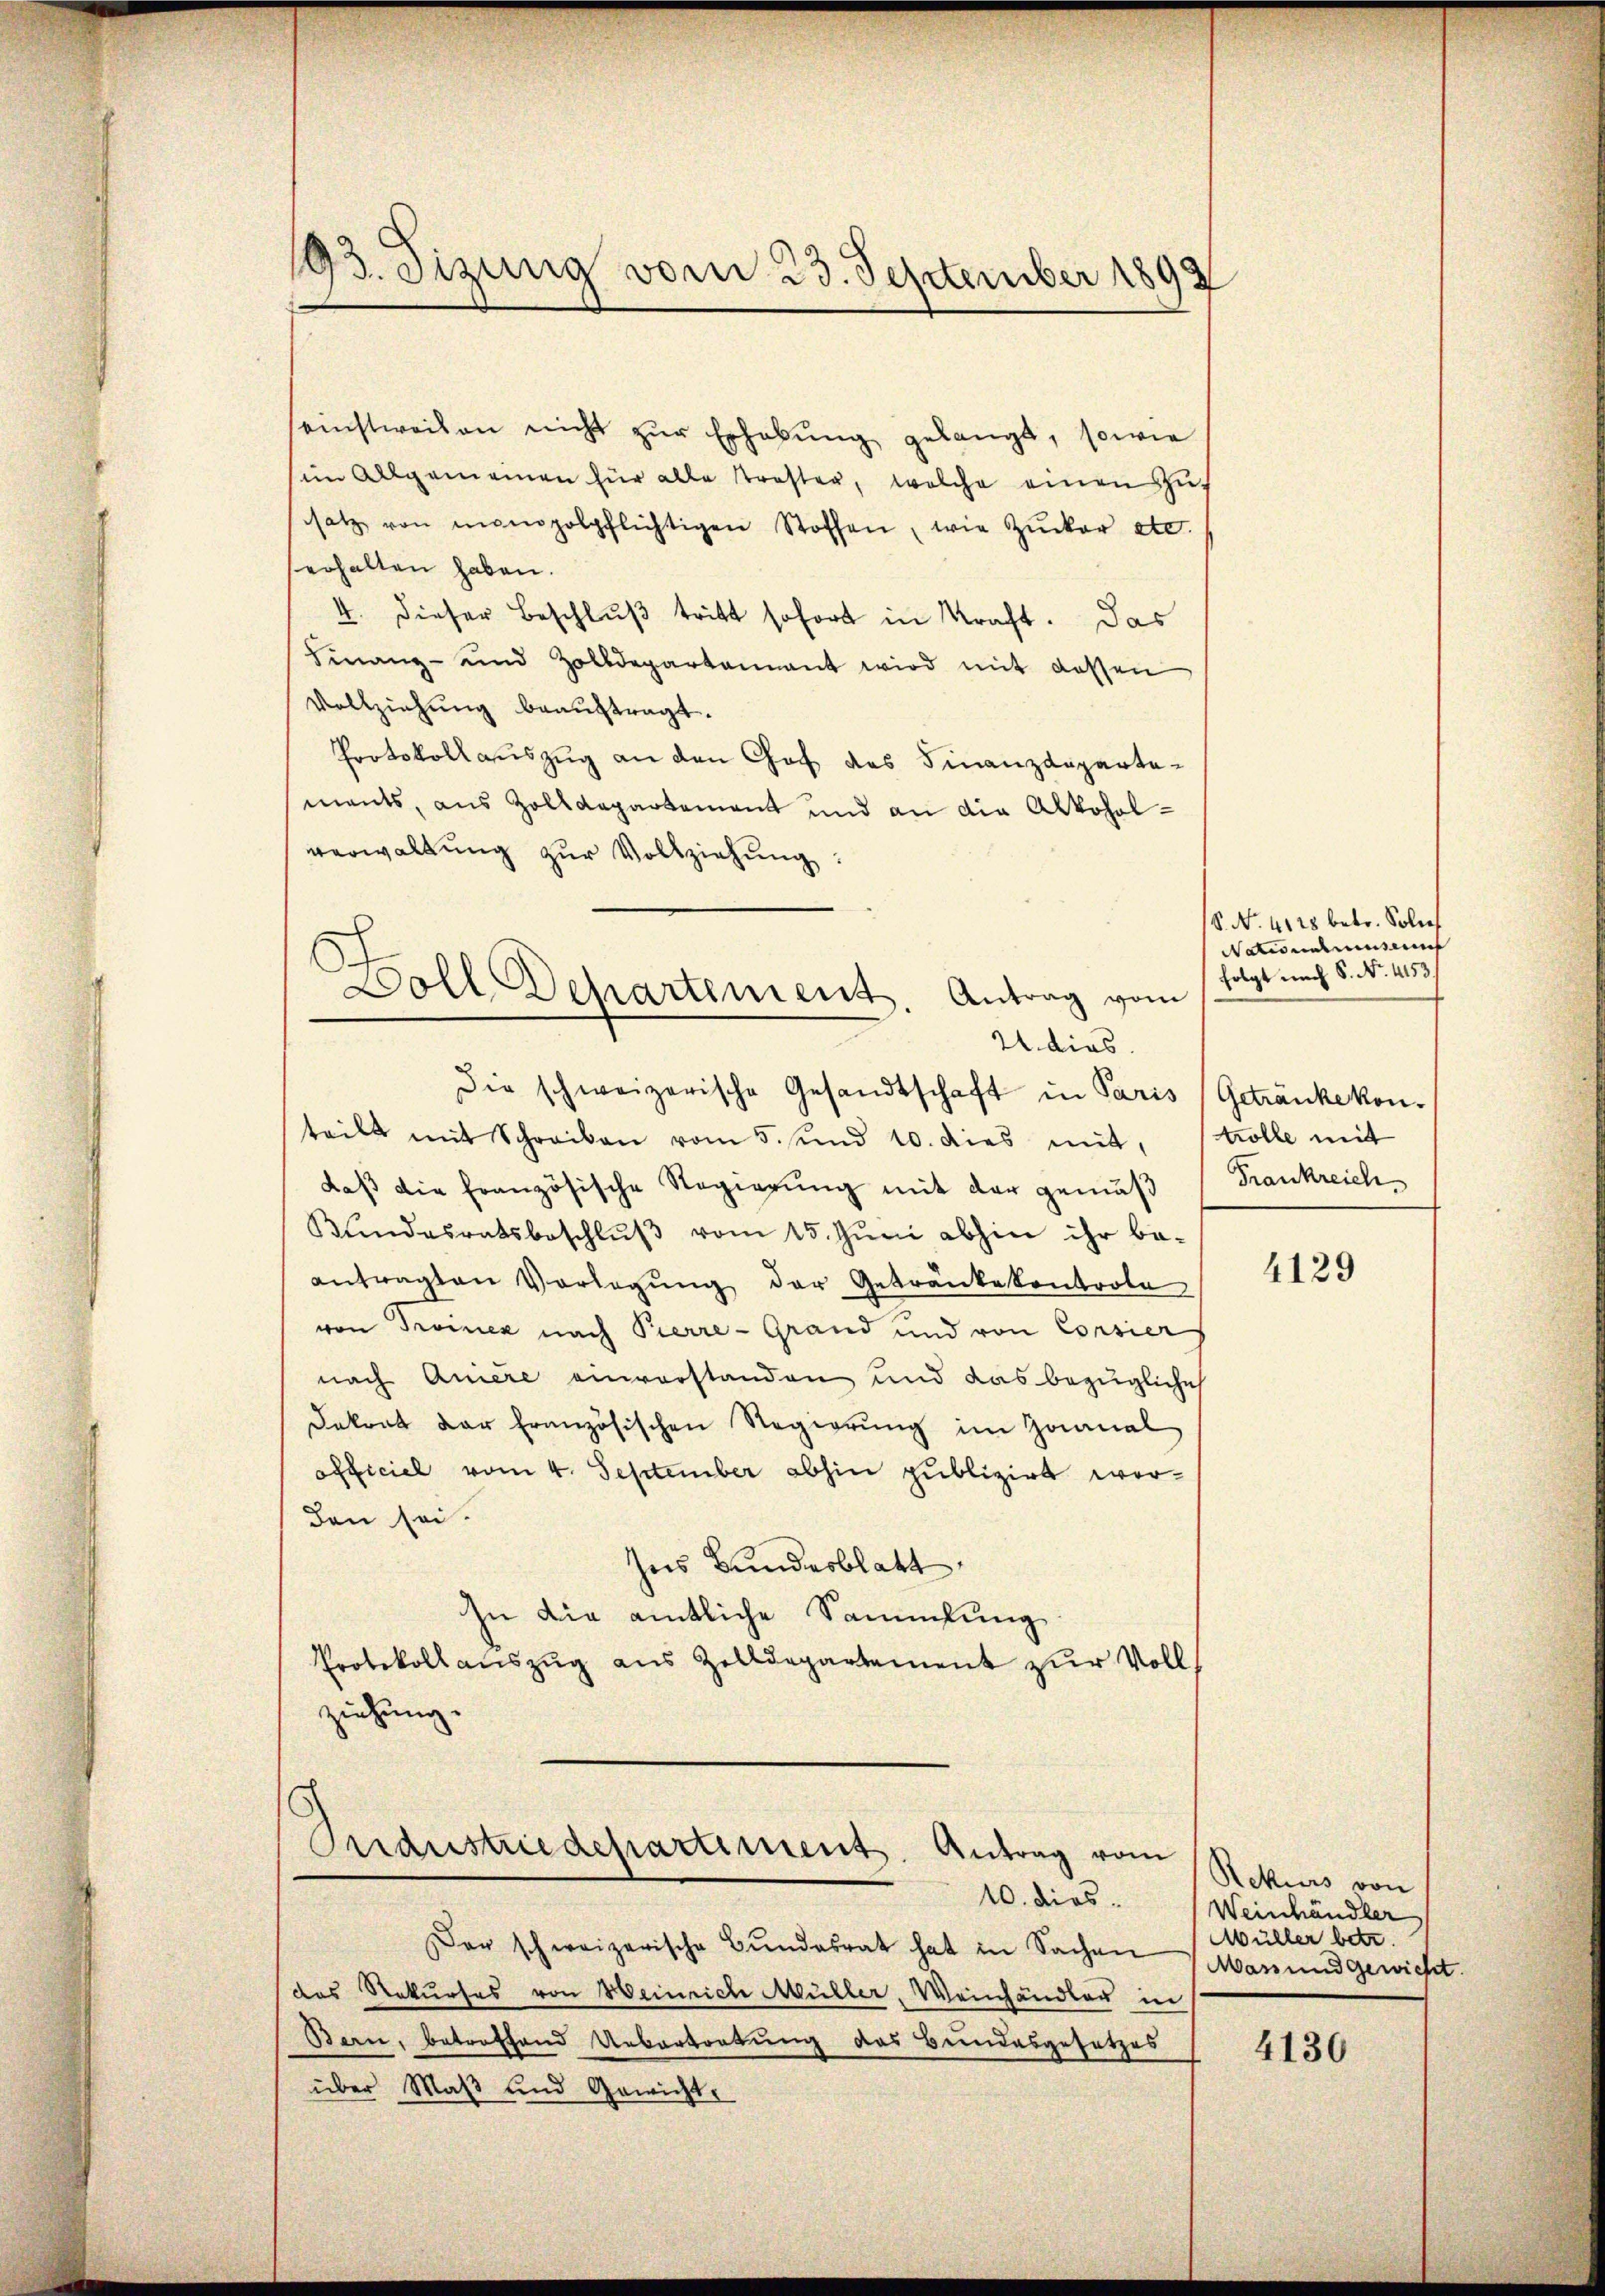
93. Sizung vom 23. September 1892

seinstweilen nicht zŭr Erhebung gelangt, sowie
(im Allgemeinen für alle Trosten, welche einen Zusatz von monopolpflichtigen Stoffen, wie Zucker etc.
serhalten haben.
4. dieser Beschluß tritt sofort in Kraft. Das
Finanz- und Zolldepartennant wird mit dessen
Vollziehung beauftragt.
Protokollauszug an den Chef das Finanzdepartamants, aus Zolldepartement und an die Alkoholverwaltung zŭr Vollziehung:
teilt mit Schreiben vom 5. und 10. dies mit, tolle mit
daβ die französische Regierŭng mit der gemäβ " Frankreich¬
Kŭndesratsbeschlŭβ vom 15. Jŭni abhin ihr be-
antragten Vorlegŭng der Getränkekontrole
von Troinek nach Pierre-Grand und von Consier
nach Anière einverstanden und das bezügliche
Dokrat der französischen Regierŭng im Zaanal
officiel vom 4. September abhin publizirt worden sei.
ses Bundesblatt
In die amtliche Sammlung
Protokollauszug aus Zolldepartement zur Vollziehung.
Ondustriedepartiment. Antrag vom
10. dies. Weinhändler
Der schweizerische Bundesrat hat in Sachen (Man und gewicht.
das Rekurses von Heinrich Müller, Weinhändler in
Bern, betreffend Uebertortung des Bundesgesetzes
über Maß und Gewicht.

Doll Departement. Antrag vom
2 dies
Die schweizerische Gesandtschaft in Paris (Getränke kon¬

S. Nr. 4128 betr. Solief
Nationationsens
folgt nach S. No. 4153)

4129

Rekurs von
Müller betr.

4130